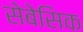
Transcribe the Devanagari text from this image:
सेबेसिक